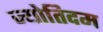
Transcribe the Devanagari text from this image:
ज्योतिदम